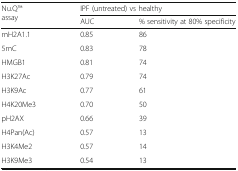
| <ROWSPAN=2> Nu.QTM assay | <COLSPAN=2> IPF (untreated) vs healthy |
 | AUC | % sensitivity at 80% specificity |
 | --- | --- | --- |
 | mH2A1.1 | 0.85 | 86 |
 | 5mC | 0.83 | 78 |
 | HMGB1 | 0.81 | 74 |
 | H3K27Ac | 0.79 | 74 |
 | H3K9Ac | 0.77 | 61 |
 | H4K20Me3 | 0.70 | 50 |
 | pH2AX | 0.66 | 39 |
 | H4Pan(Ac) | 0.57 | 13 |
 | H3K4Me2 | 0.57 | 14 |
 | H3K9Me3 | 0.54 | 13 |